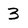
Character: 3